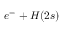
e ^ { - } + H ( { 2 s } )